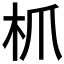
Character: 枛